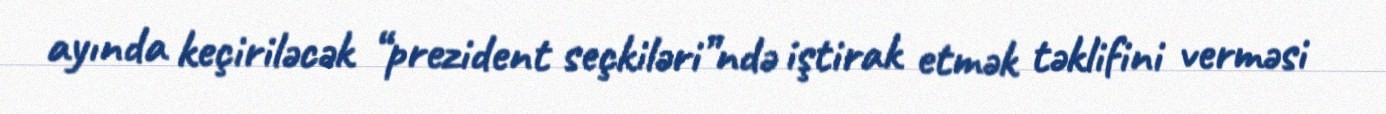
ayında keçiriləcək “prezident seçkiləri”ndə iştirak etmək təklifini verməsi